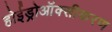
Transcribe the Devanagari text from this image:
होईड्रोऑक्सीकरण